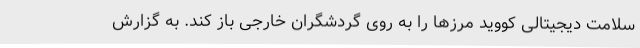
سلامت دیجیتالی کووید مرزها را به روی گردشگران خارجی باز کند. به گزارش